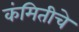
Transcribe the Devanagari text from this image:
कंमितीचे